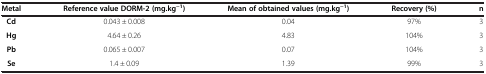
| Metal | Reference value DORM-2 (mg.kg-1) | Mean of obtained values (mg.kg-1) | Recovery (%) | n |
 | --- | --- | --- | --- | --- |
 | Cd | 0.043 ± 0.008 | 0.04 | 97% | 3 |
 | Hg | 4.64 ± 0.26 | 4.83 | 104% | 3 |
 | Pb | 0.065 ± 0.007 | 0.07 | 104% | 3 |
 | Se | 1.4 ± 0.09 | 1.39 | 99% | 3 |